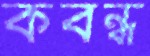
কবন্ধ